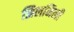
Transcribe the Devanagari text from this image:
झिलमिली